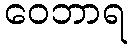
ဝေဘာရ